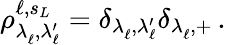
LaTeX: \rho_{\lambda_{\ell}^{\, },\lambda_{\ell}^{\prime}}^{\ell,s_{L}}=\delta_{\lambda_{\ell}^{\, },\lambda_{\ell}^{\prime}}\delta_{\lambda_{\ell}^{\, },+}\, .